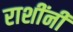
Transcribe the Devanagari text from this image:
राशींनी